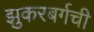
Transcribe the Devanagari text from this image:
झुकरबर्गची